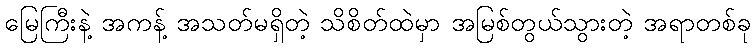
မြေကြီးနဲ့ အကန့် အသတ်မရှိတဲ့ သိစိတ်ထဲမှာ အမြစ်တွယ်သွားတဲ့ အရာတစ်ခု